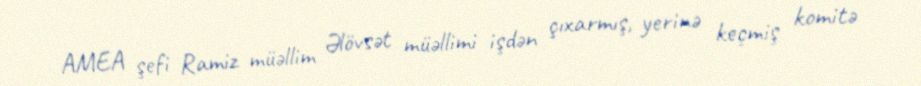
AMEA şefi Ramiz müəllim Əlövsət müəllimi işdən çıxarmış, yerinə keçmiş komitə